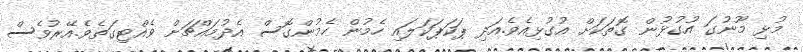
މުޅި މޫނުގަ އުގުޅުން ގޮތަކަށް އުގުޅިއެވެ.އަދި ޕަކަޕަކަލައި ހެމުން ހެމުންގޮސް އެދުމައްޗަށް ވެއްޓިގަތެވެ.އޭރުވެސް